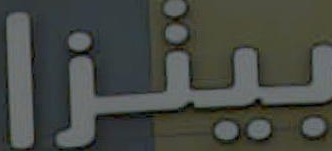
بينزا